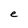
Character: e